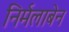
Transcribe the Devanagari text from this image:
निर्मलाबेन